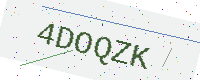
Text: 4DOQZK